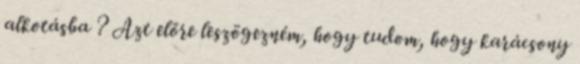
alkotásba ? Azt előre leszögezném, hogy tudom, hogy karácsony